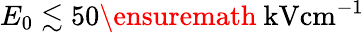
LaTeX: E_{0}\lesssim 50\ensuremath{~\mathrm{kV}\mathrm{cm}^{-1}}